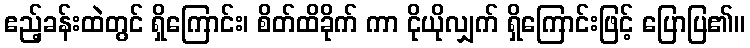
ဧည့်ခန်းထဲတွင် ရှိကြောင်း၊ စိတ်ထိခိုက် ကာ ငိုယိုလျှက် ရှိကြောင်းဖြင့် ပြောပြ၏။